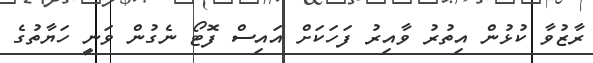
ރާޒުވާ ކުޅުން އިތުރު ވާއިރު ފަހަކަށް އައިސް ފޮޓޯ ނެގުން ވަނީ ހަޔާތުގެ